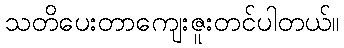
သတိပေးတာကျေးဇူးတင်ပါတယ်။